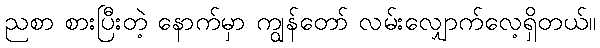
ညစာ စားပြီးတဲ့ နောက်မှာ ကျွန်တော် လမ်းလျှောက်လေ့ရှိတယ်။